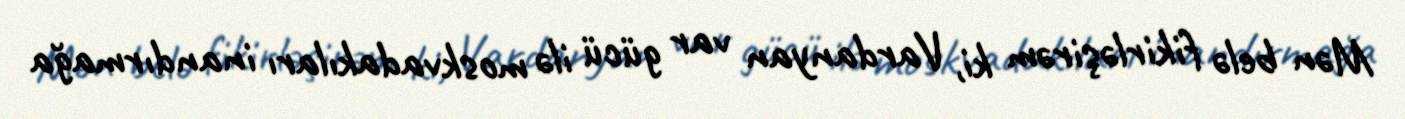
Mən belə fikirləşirəm ki, Vardanyan var gücü ilə moskvadakıları inandırmağa